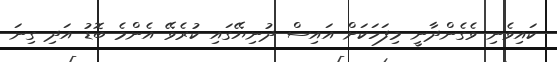
ކައިވެނި ވެގެންދާނީ މިފަހަކަށް އައިސް ދުނިޔޭގައި ކުރެވޭ އެންމެ ބޮޑު އަދި ގިނަ